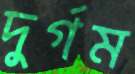
দুর্গম